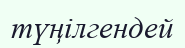
түңілгендей